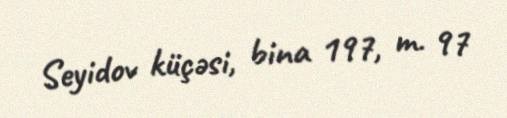
Seyidov küçəsi, bina 197, m. 97